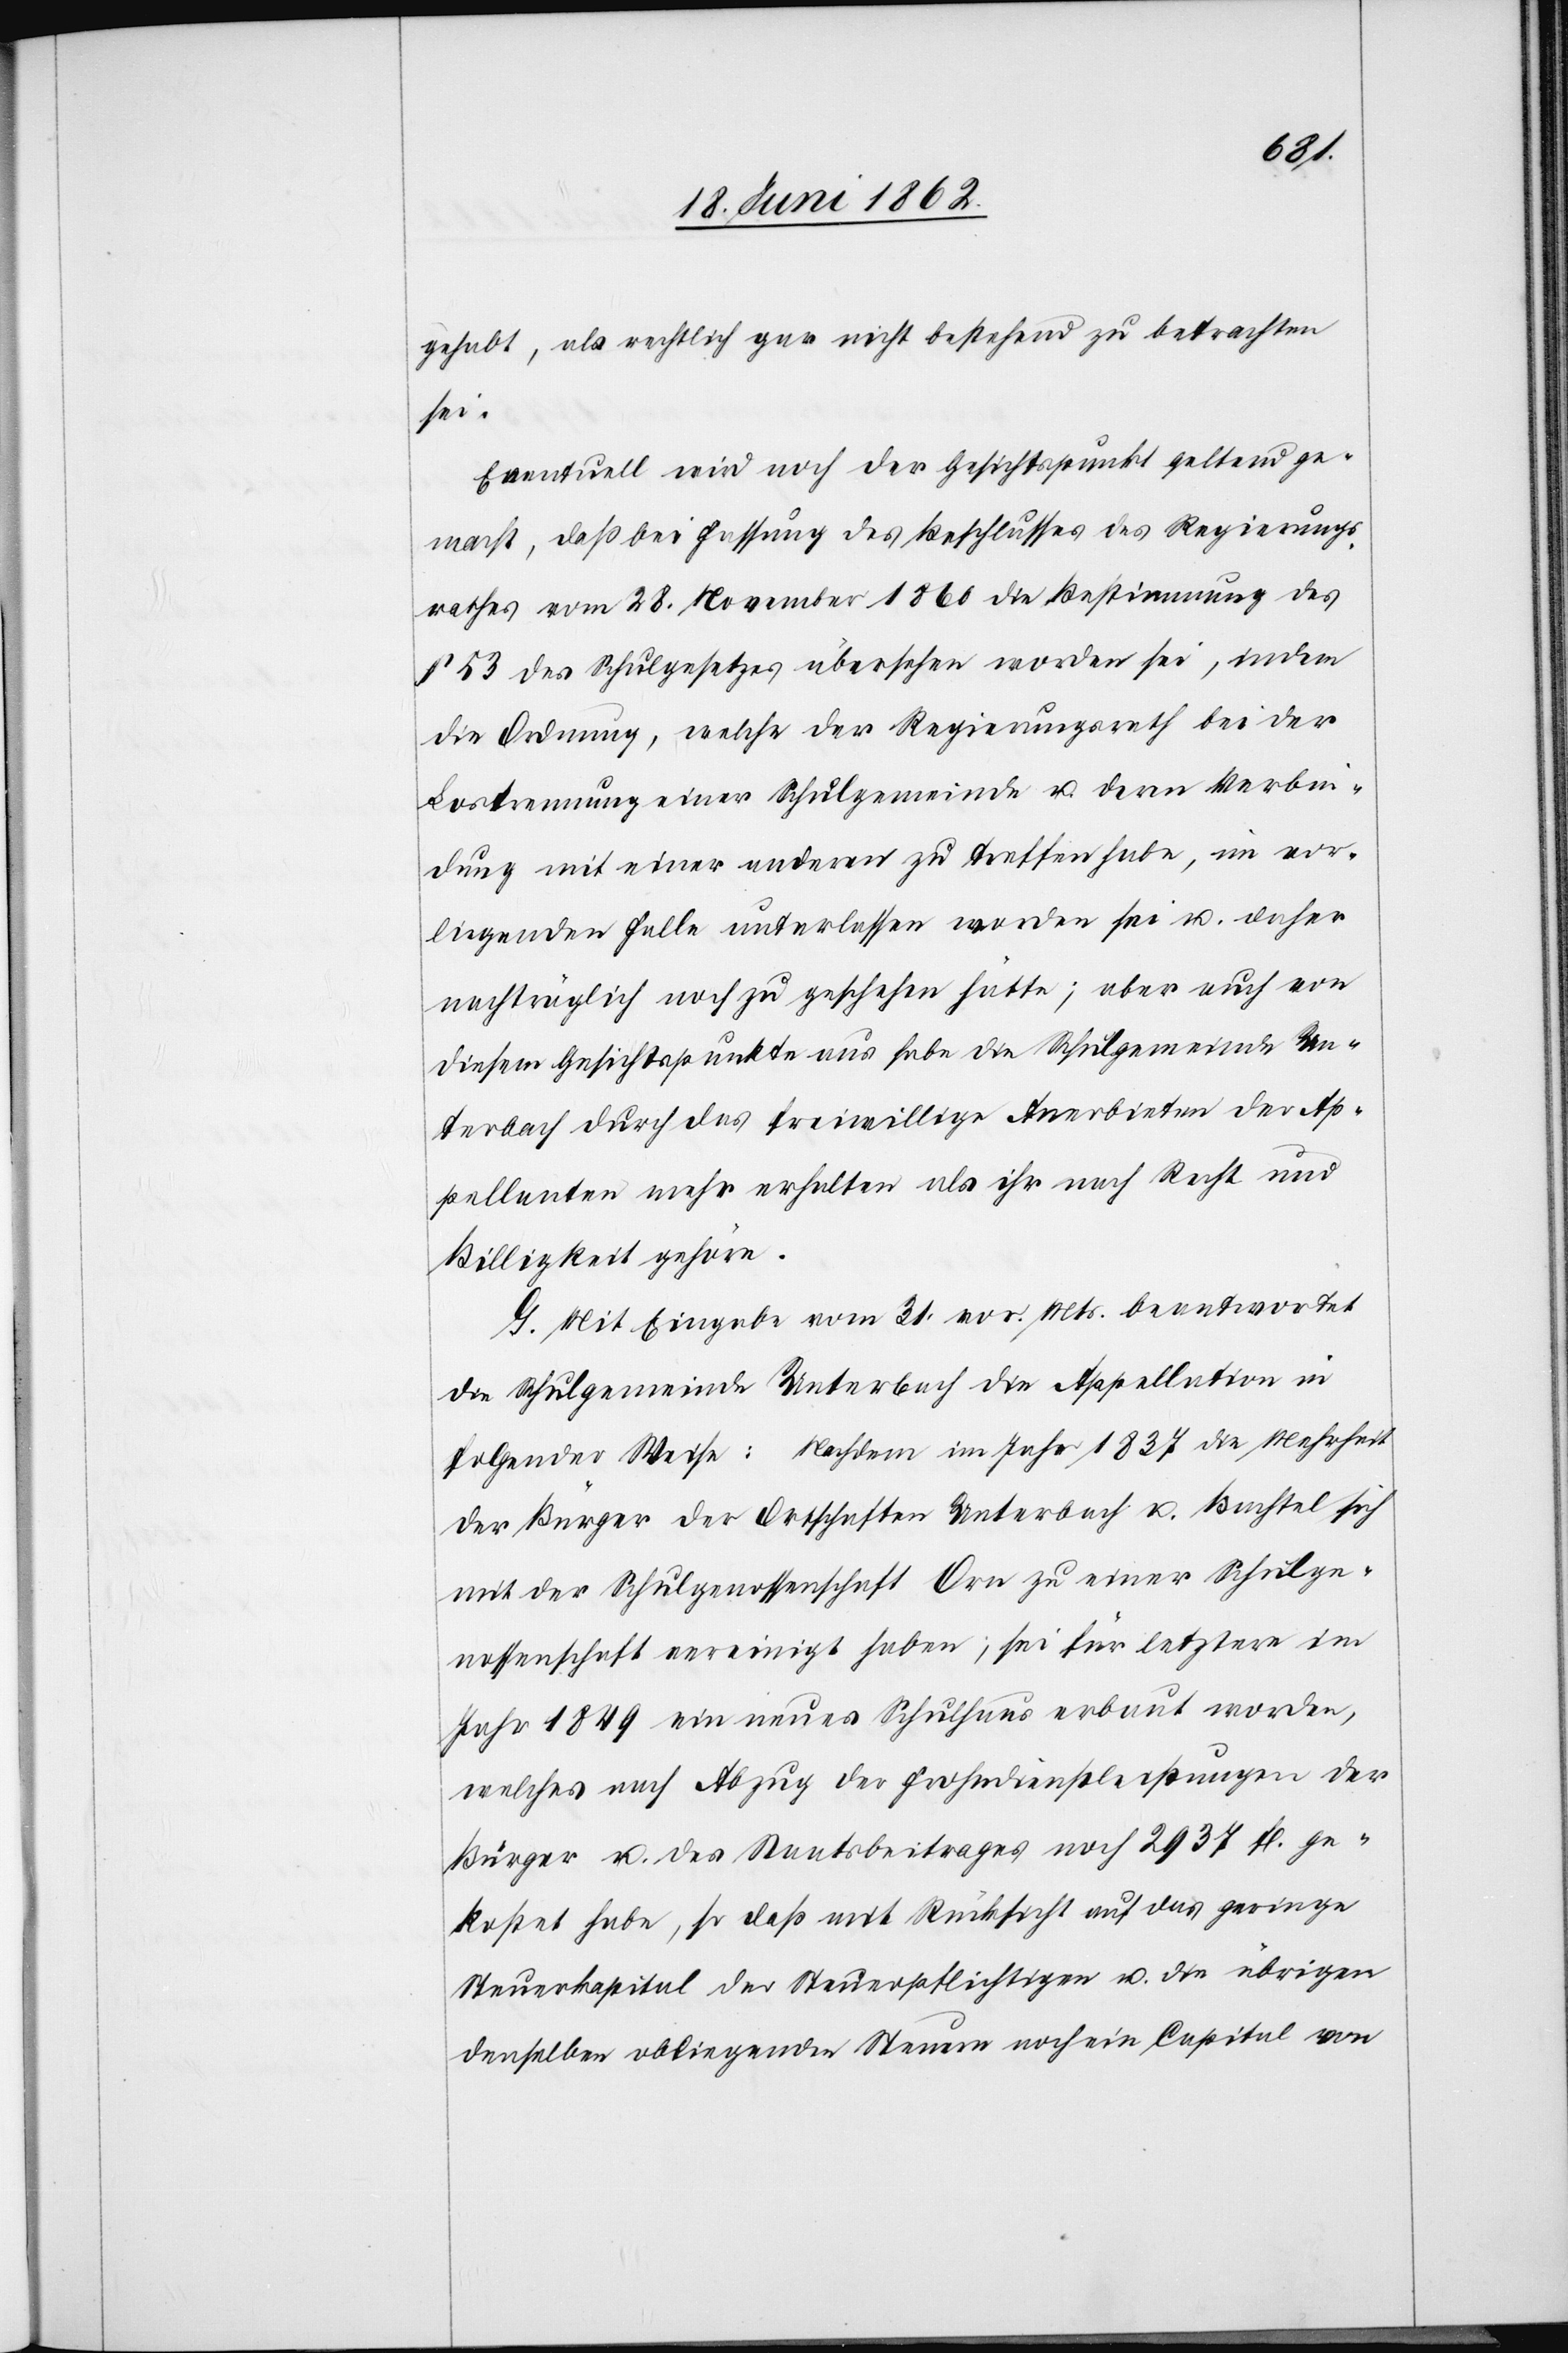
gehabt, als rechtlich gar nicht bestehend zu betrachten
sei.
Eventuell wird noch der Gesichtspunkt geltend ge¬
macht, daß bei Fassung des Beschlusses des Regierungs¬
rathes vom 28. November 1860 die Bestimmung des
§ 53 des Schulgesetzes übersehen worden sei, indem
die Ordnung, welche der Regierungsrath bei der
Lostrennung einer Schulgemeinde u. deren Verbin¬
dung mit einer anderen zu treffen habe, im vor¬
liegenden Falle unterlassen worden sei, u. daher
nachträglich noch zu geschehen hätte; aber auch von
diesem Gesichtspunkte aus habe die Schulgemeinde Un¬
terbach durch das freiwillige Anerbieten der Ap¬
pellanten mehr erhalten als ihr nach Recht und
Billigkeit gehöre.
G. Mit Eingabe vom 31. vor. Mts. beantwortet
die Schulgemeinde Unterbach die Appellation in
folgender Weise: Nachdem im Jahr 1837 die Mehrheit
der Bürger der Ortschaften Unterbach u. Bachtel sich
mit der Schulgenossenschaft Orn zu einer Schulge¬
nossenschaft vereinigt haben, sei für letztere im
Jahr 1849 ein neues Schulhaus erbaut worden,
welches nach Abzug der Frohndienstleistungen der
Bürger u. des Staatsbeitrages noch 2937 fl. ge¬
kostet habe, so daß mit Rücksicht auf das geringe
Steuerkapital der Steuerpflichtigen u. die übrigen
denselben obliegenden Steuern noch ein Capital von